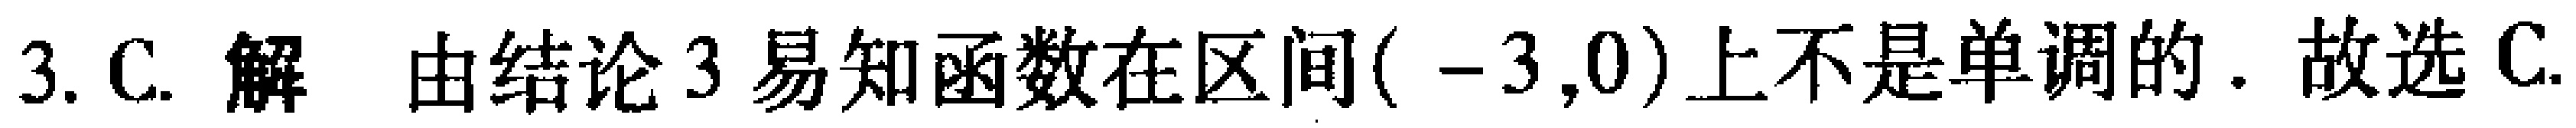
3. C. 解 由结论 3 易知函数在区间$(-3,0)$上不是单调的. 故选 C.